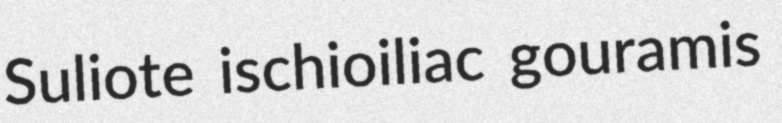
Suliote ischioiliac gouramis